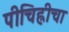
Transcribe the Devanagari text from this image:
पीचिह्लीचा